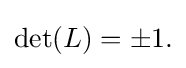
{\textstyle {\text{det}}(L)=\pm 1.}